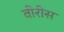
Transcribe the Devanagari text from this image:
वीरीस